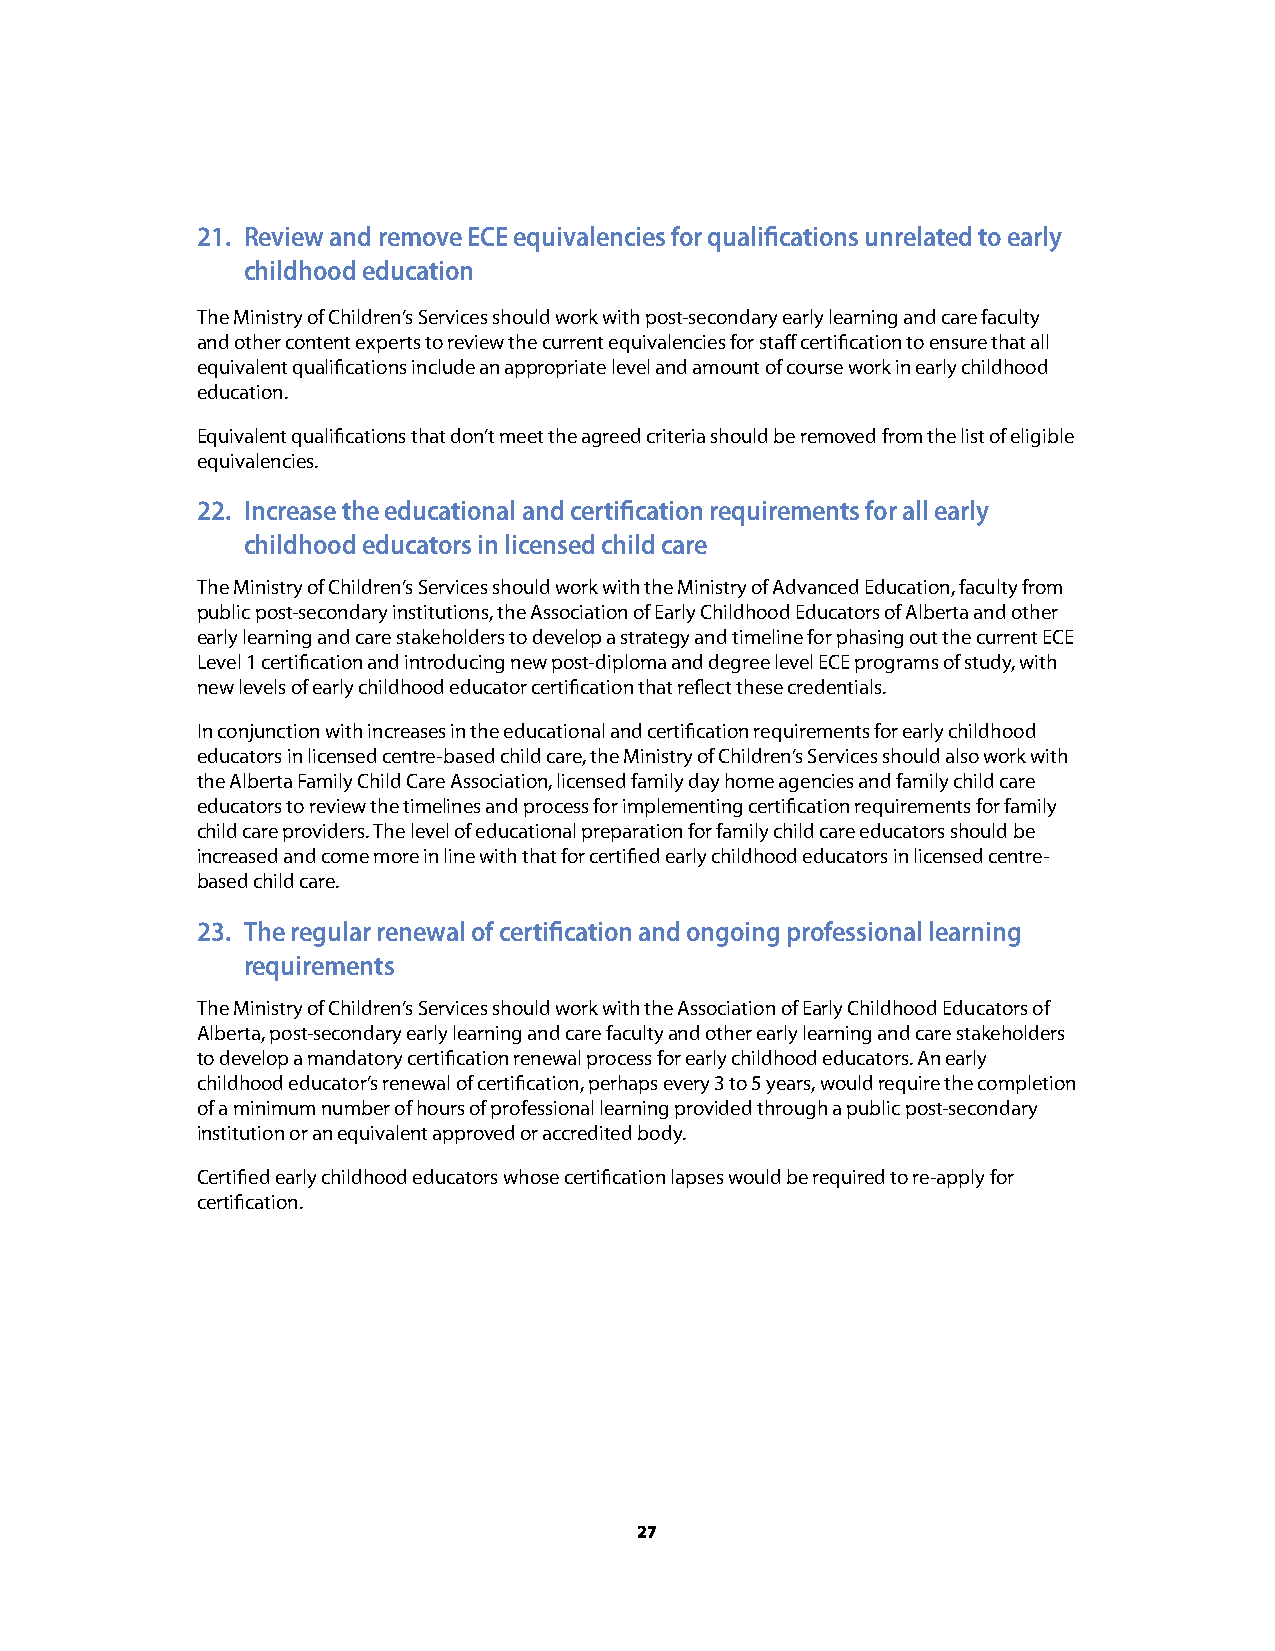
21. Review and remove ECE equivalencies for qualifications unrelated to early
 childhood education
 The Ministry of Children’s Services should work with post-secondary early learning and care faculty
 and other content experts to review the current equivalencies for staff certification to ensure that all
 equivalent qualifications include an appropriate level and amount of course work in early childhood
 education.
 Equivalent qualifications that don’t meet the agreed criteria should be removed from the list of eligible
 equivalencies.
 22. Increase the educational and certification requirements for all early
 childhood educators in licensed child care
 The Ministry of Children’s Services should work with the Ministry of Advanced Education, faculty from
 public post-secondary institutions, the Association of Early Childhood Educators of Alberta and other
 early learning and care stakeholders to develop a strategy and timeline for phasing out the current ECE
 Level 1 certification and introducing new post-diploma and degree level ECE programs of study, with
 new levels of early childhood educator certification that reflect these credentials.
 In conjunction with increases in the educational and certification requirements for early childhood
 educators in licensed centre-based child care, the Ministry of Children’s Services should also work with
 the Alberta Family Child Care Association, licensed family day home agencies and family child care
 educators to review the timelines and process for implementing certification requirements for family
 child care providers. The level of educational preparation for family child care educators should be
 increased and come more in line with that for certified early childhood educators in licensed centre-
 based child care.
 23. The regular renewal of certification and ongoing professional learning
 requirements
 The Ministry of Children’s Services should work with the Association of Early Childhood Educators of
 Alberta, post-secondary early learning and care faculty and other early learning and care stakeholders
 to develop a mandatory certification renewal process for early childhood educators. An early
 childhood educator’s renewal of certification, perhaps every 3 to 5 years, would require the completion
 of a minimum number of hours of professional learning provided through a public post-secondary
 institution or an equivalent approved or accredited body.
 Certified early childhood educators whose certification lapses would be required to re-apply for
 certification.
 27